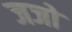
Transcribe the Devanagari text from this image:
जजो